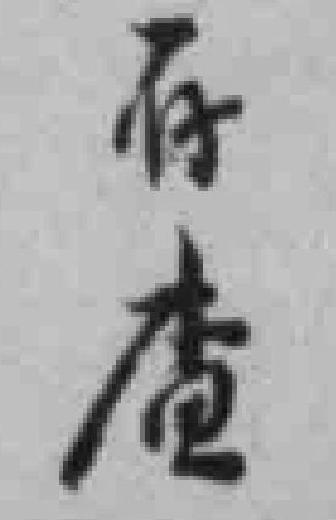
存查